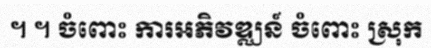
។ ។ ចំពោះ ការអភិវឌ្ឈន៍ ចំពោះ ស្រុក